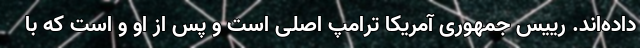
داده‌اند. رییس جمهوری آمریکا ترامپ اصلی است و پس از او و است که با